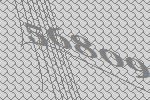
56809